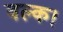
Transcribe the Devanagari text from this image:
वल्क।